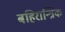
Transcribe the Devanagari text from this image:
बहिरान्त्रिक